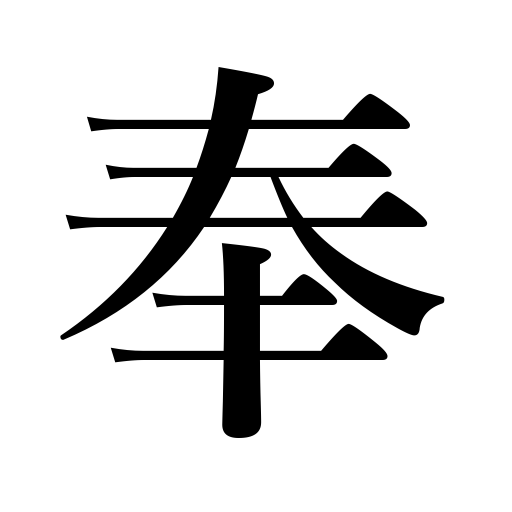
Meanings: obey,serve,dedicate,present,follow,revere,do respectfully,believe in,offer